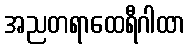
အညတရာထေရီဂါထာ